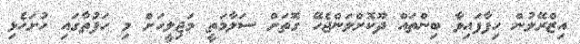
އިޒްރޭލުން ހިފާފައިވާ ބިންތައް ދޫކޮށްލަންޖެހޭ ގޮތަށް ސަލާމަތީ މަޖިލީހަށް މި ހަފުތާގައި ހުށަހެޅި